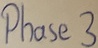
Text: Phase3